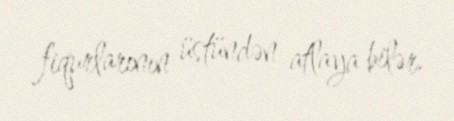
fiqurlarının üstündən atlaya bilər.